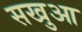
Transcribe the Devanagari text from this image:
सखुआ